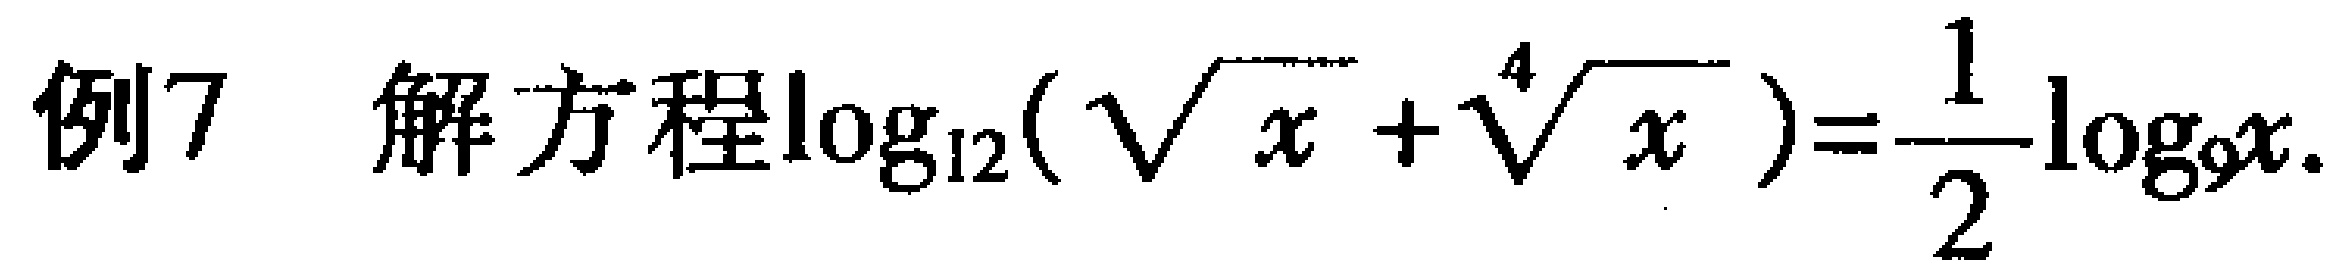
例7 解方程\(\log_{12}(\sqrt{x}+\sqrt[4]{x})=\frac{1}{2}\log_{9}x\).